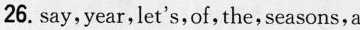
26. say,year,let's,of,the,seasons,a